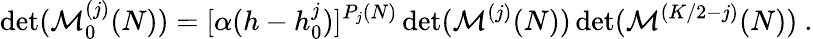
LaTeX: \operatorname*{det}({\cal M}_{0}^{(j)}(N))=[\alpha(h-h_{0}^{j})]^{P_{j}(N)}\operatorname*{det}({\cal M}^{(j)}(N))\operatorname*{det}({\cal M}^{(K/2-j)}(N)){}~.